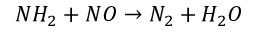
N H _ { 2 } + N O \rightarrow N _ { 2 } + H _ { 2 } O